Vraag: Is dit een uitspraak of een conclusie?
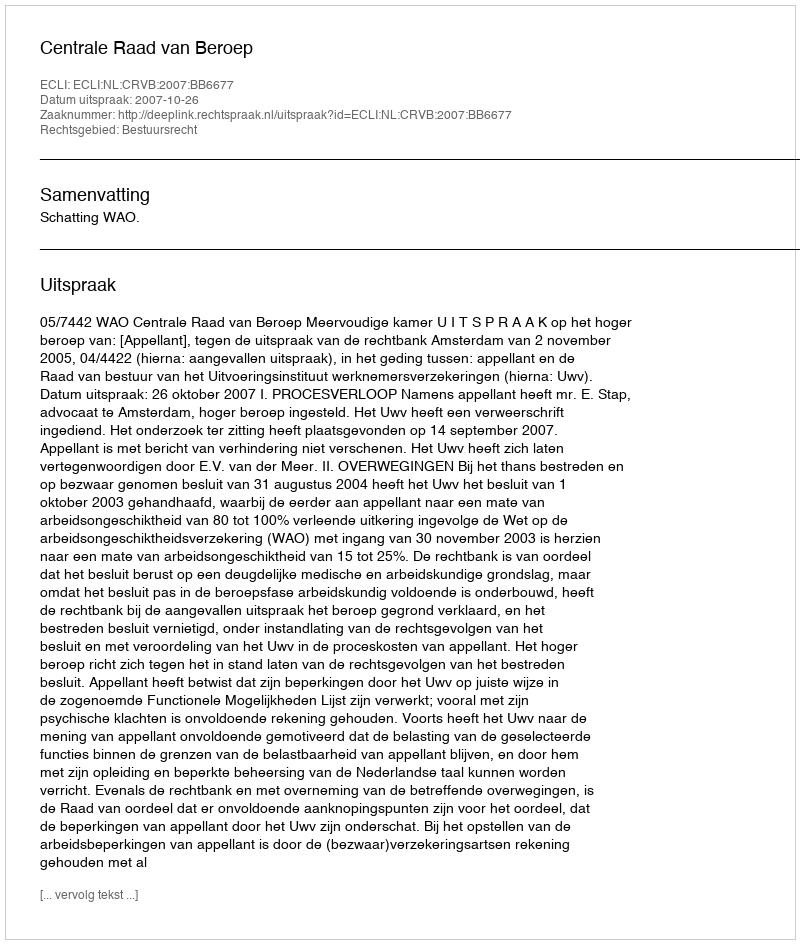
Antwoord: Uitspraak